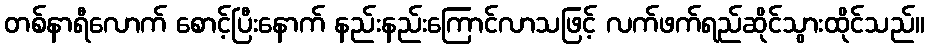
တစ်နာရီလောက် စောင့်ပြီးနောက် နည်းနည်းကြောင်လာသဖြင့် လက်ဖက်ရည်ဆိုင်သွားထိုင်သည်။